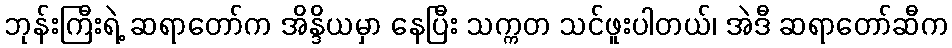
ဘုန်းကြီးရဲ့ ဆရာတော်က အိန္ဒိယမှာ နေပြီး သက္ကတ သင်ဖူးပါတယ်၊ အဲဒီ ဆရာတော်ဆီက